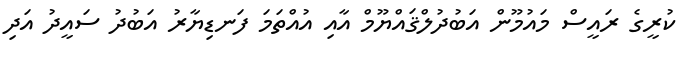
ކުރީގެ ރައީސް މައުމޫން އަބުދުލްޤައްޔޫމް އާއި އުއްތަމަ ފަނޑިޔާރު އަބުދު ސައީދު އަދި